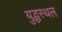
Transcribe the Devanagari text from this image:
युद्धस्‍थल